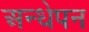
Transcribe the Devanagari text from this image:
अन्धेपन